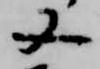
又